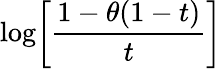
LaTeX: \log\! \left[{\frac{1-\theta(1-t)}{t}}\right]